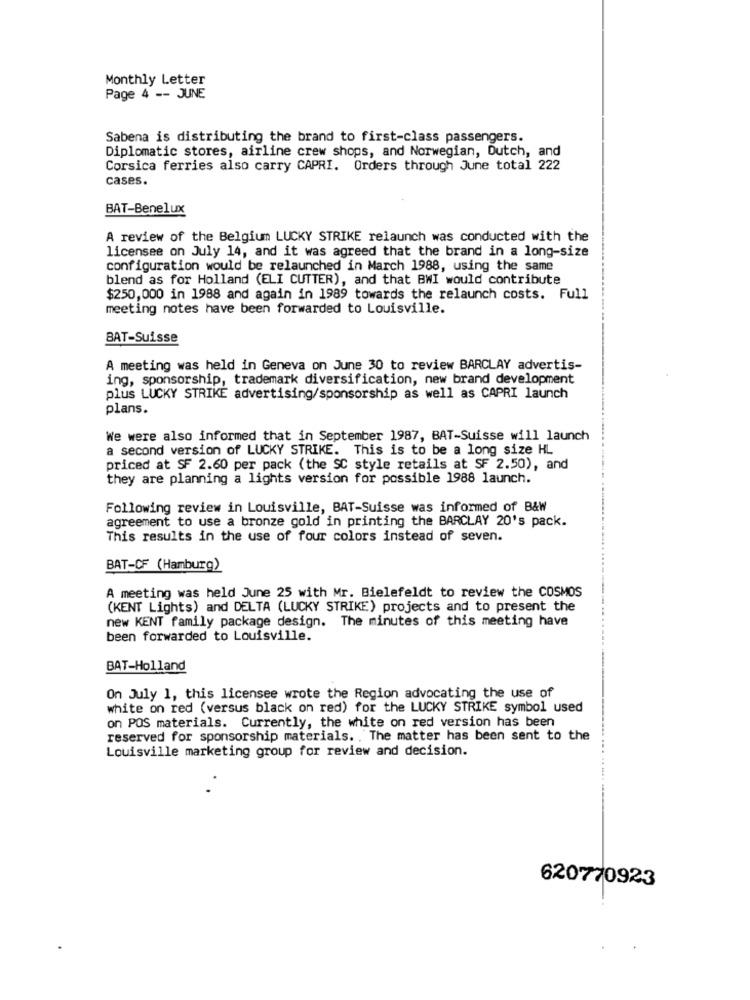
Monthly Letter
Page 4 -- JUNE
Sabena is distributing the brand to first-class passengers.
Diplomatic stores, airline crew shops, and Norwegian, Dutch, and
Corsica ferries also carry CAPRI. Orders through June total 222
cases.
BAT-Benelux
A review of the Belgium LUCKY STRIKE relaunch was conducted with the
licensee on July 14, and it was agreed that the brand in a long-size
configuration would be relaunched in March 1988, using the same
blend as for Holland (ELI CUTTER), and that BWI would contribute
$250,000 in 1988 and again in 1989 towards the relaunch costs. Full
meeting notes have been forwarded to Louisville.
BAT-Suisse
A meeting was held in Geneva on June 30 to review BARCLAY advertis-
ing, sponsorship, trademark diversification, new brand development
plus LUCKY STRIKE advertising/sponsorship as well as CAPRI launch
plans.
We were also informed that in September 1987, BAT-Suisse will launch
a second version of LUCKY STRIKE. This is to be a long size HL
priced at SF 2.60 per pack (the SC style retails at SF 2.50), and
they are planning a lights version for possible 1988 launch.
Following review in Louisville, BAT-Suisse was informed of B&W
agreement to use a bronze gold in printing the BARCLAY 20's pack.
This results in the use of four colors instead of seven.
BAT-CF (Hamburg)
A meeting was held June 25 with Mr. Bielefeldt to review the COSMOS
(KENT Lights) and DELTA (LUCKY STRIKE) projects and to present the
new KENT family package design. The minutes of this meeting have
been forwarded to Louisville.
BAT-Holland
On July 1, this licensee wrote the Region advocating the use of
white on red (versus black on red) for the LUCKY STRIKE symbol used
on POS materials. Currently, the white on red version has been
reserved for sponsorship materials. . The matter has been sent to the
Louisville marketing group for review and decision.
620770923